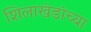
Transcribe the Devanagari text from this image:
शिलाखंडांच्या